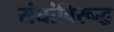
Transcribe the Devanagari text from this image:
संघांविरूद्ध